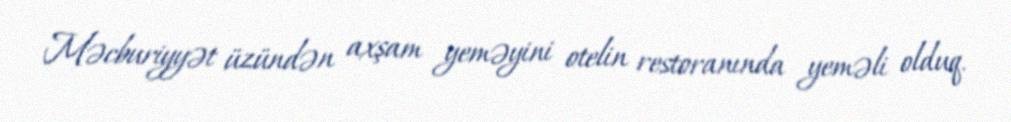
Məcburiyyət üzündən axşam yeməyini otelin restoranında yeməli olduq.